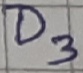
Text: D3